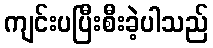
ကျင်းပပြီးစီးခဲ့ပါသည်